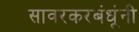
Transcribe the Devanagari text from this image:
सावरकरबंधूंनी